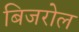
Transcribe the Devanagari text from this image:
बिजरोल